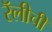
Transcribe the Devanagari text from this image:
रॅलीची